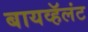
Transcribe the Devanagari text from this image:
बायव्हॅलंट